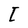
Character: I